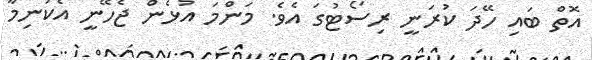
އޮތް ބައި ހޭދަ ކުރަނީ ރިސޯޓުގަ އެވެ. މަންމަ އުޅެން ޖެހޭނީ އެކަނިމާ